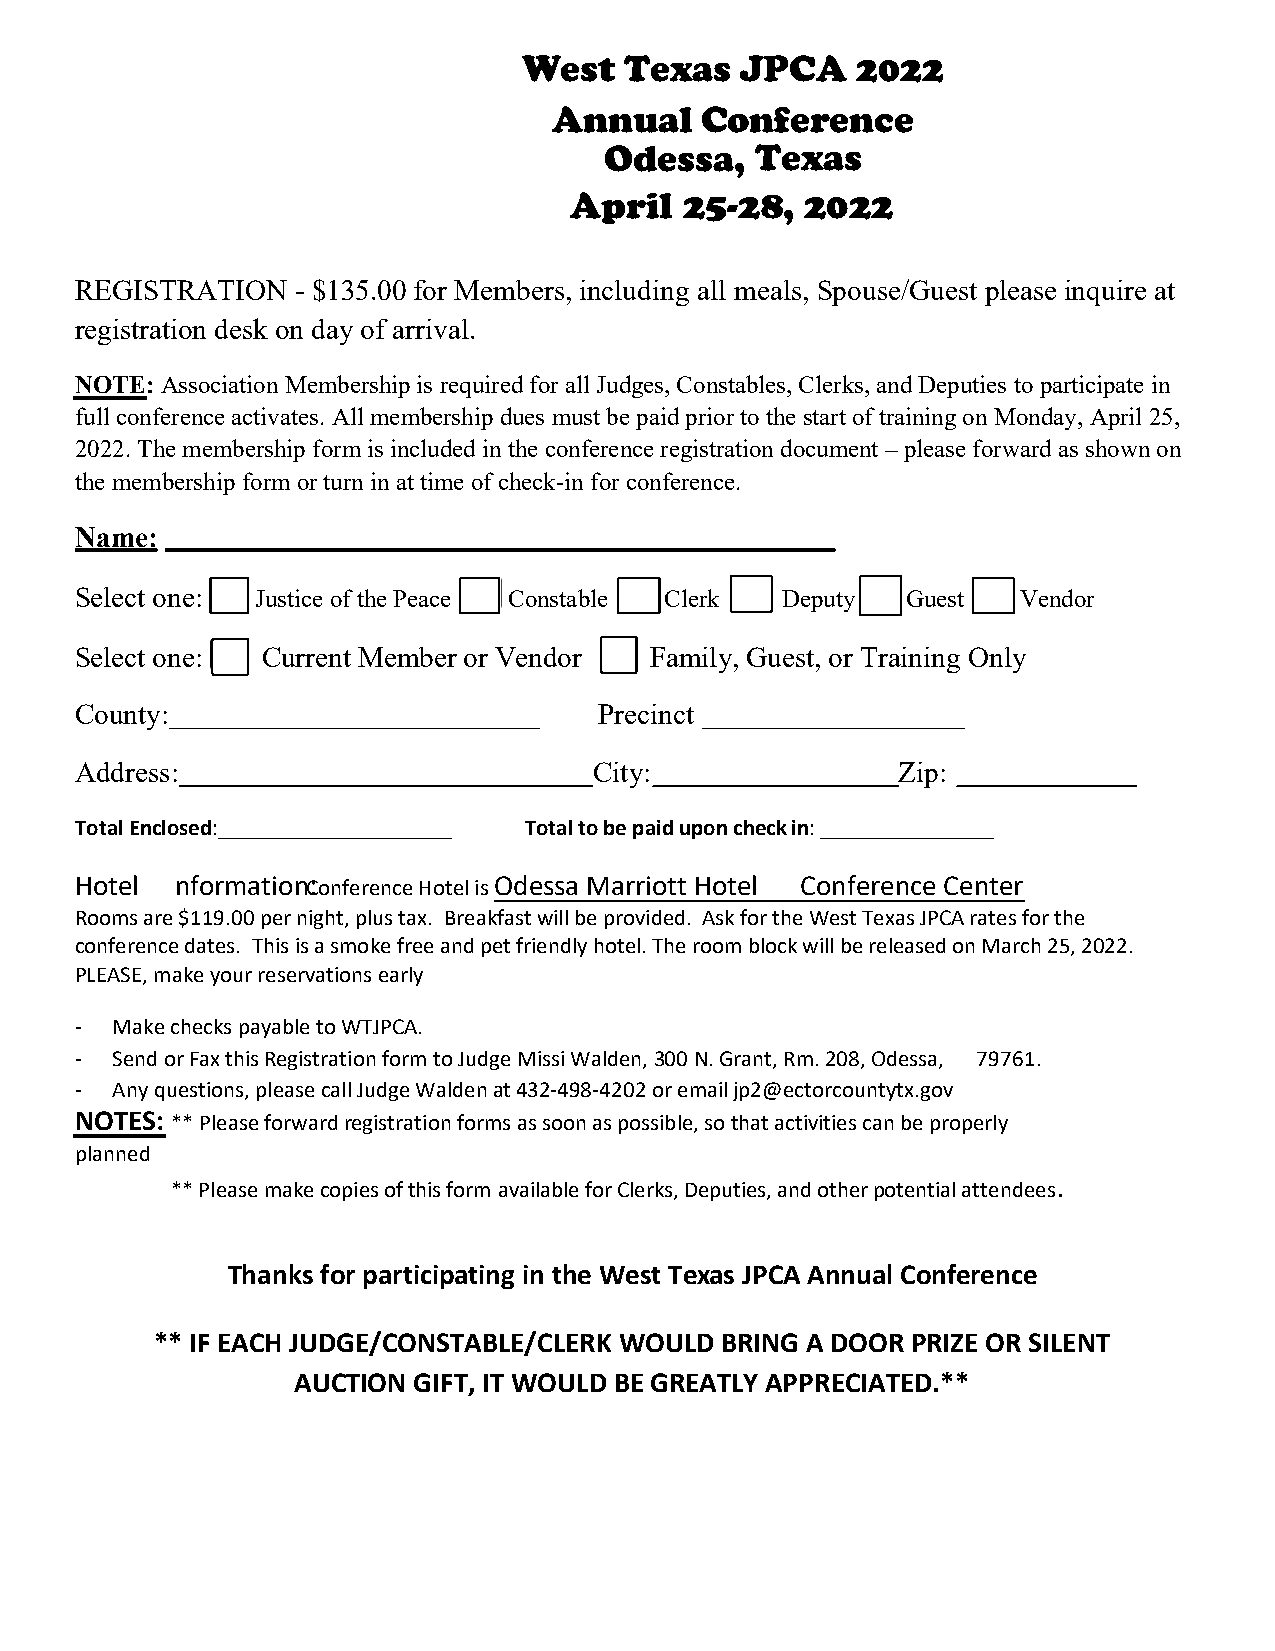
West  Texas   JPCA    2022
 Annual   Conference
 Odessa,   Texas
 April  25-28,  2022
 REGISTRATION   - $135.00 for Members, including all meals, Spouse/Guest please inquire at
 registration desk on day of arrival.
 NOTE: Association Membership is required for all Judges, Constables, Clerks, and Deputies to participate in
 full conference activates. All membership dues must be paid prior to the start of training on Monday, April 25,
 2022. The membership form is included in the conference registration document – please forward as shown on
 the membership form or turn in at time of check-in for conference.
 Name:
 Select one: Justice of the Peace Constable Clerk Deputy Guest  Vendor
 Select one: Current Member or Vendor  Family, Guest, or Training Only
 County:                            Precinct
 Address:                          City:               Zip:
 Total Enclosed:               Total to be paid upon check in:
 Hotel Information: Conference Hotel is Odessa Marriott Hotel & Conference Center
 Rooms are $119.00 per night, plus tax. Breakfast will be provided. Ask for the West Texas JPCA rates for the
 conference dates. This is a smoke free and pet friendly hotel. The room block will be released on March 25, 2022.
 PLEASE, make your reservations early.
 - Make checks payable to WTJPCA.
 - Send or Fax this Registration form to Judge Missi Walden, 300 N. Grant, Rm. 208, Odessa,
 TX 79761.
 - Any questions, please call Judge Walden at 432-498-4202 or email jp2@ectorcountytx.gov
 NOTES: ** Please forward registration forms as soon as possible, so that activities can be properly planned
 ** Please make copies of this form available for Clerks, Deputies, and other potential attendees.
 Thanks for participating in the West Texas JPCA Annual Conference
 ** IF EACH JUDGE/CONSTABLE/CLERK WOULD BRING A DOOR PRIZE OR SILENT
 AUCTION GIFT, IT WOULD BE GREATLY APPRECIATED.**